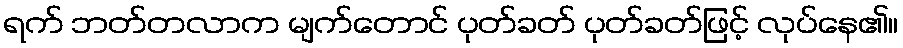
ရက် ဘတ်တလာက မျက်တောင် ပုတ်ခတ် ပုတ်ခတ်ဖြင့် လုပ်နေ၏။